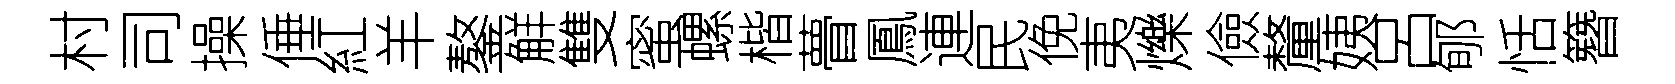
村司操倕紅羊鏊觧雙蜜螺楷瞢鳳連民俛夷爍儉釐姨呂郇恬簪